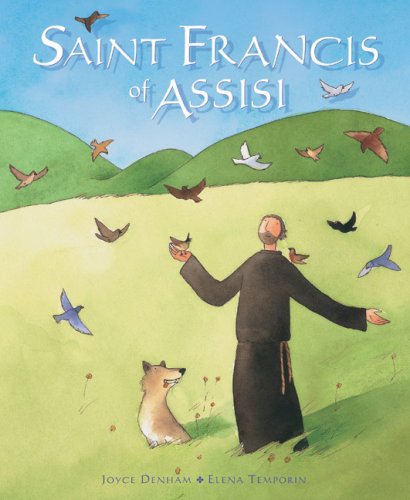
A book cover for Saint Francis of Assisi; Joyce Denham; Christian Books & Bibles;